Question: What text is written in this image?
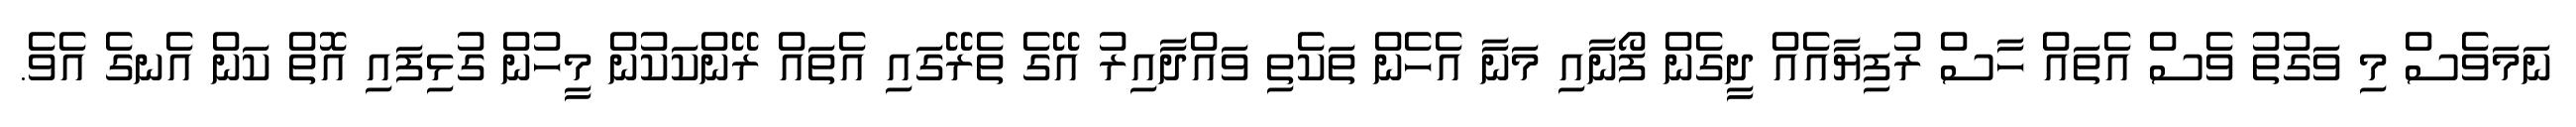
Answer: ނަމަވެސް މި ވަގުތު ވެސް އެތައް ހާސް ރުފިޔާއެއް ދީގެން ފޯނާއި މަނާ އެހެން ތަކެތި ވައްދާއިރު އޭގެ ތެރޭގައި އެތައް ރޭންކަކުން މީހުން ގުޅިފައި އޮތް ކަން އެނގެ އެވެ.